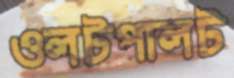
ওলটপালট